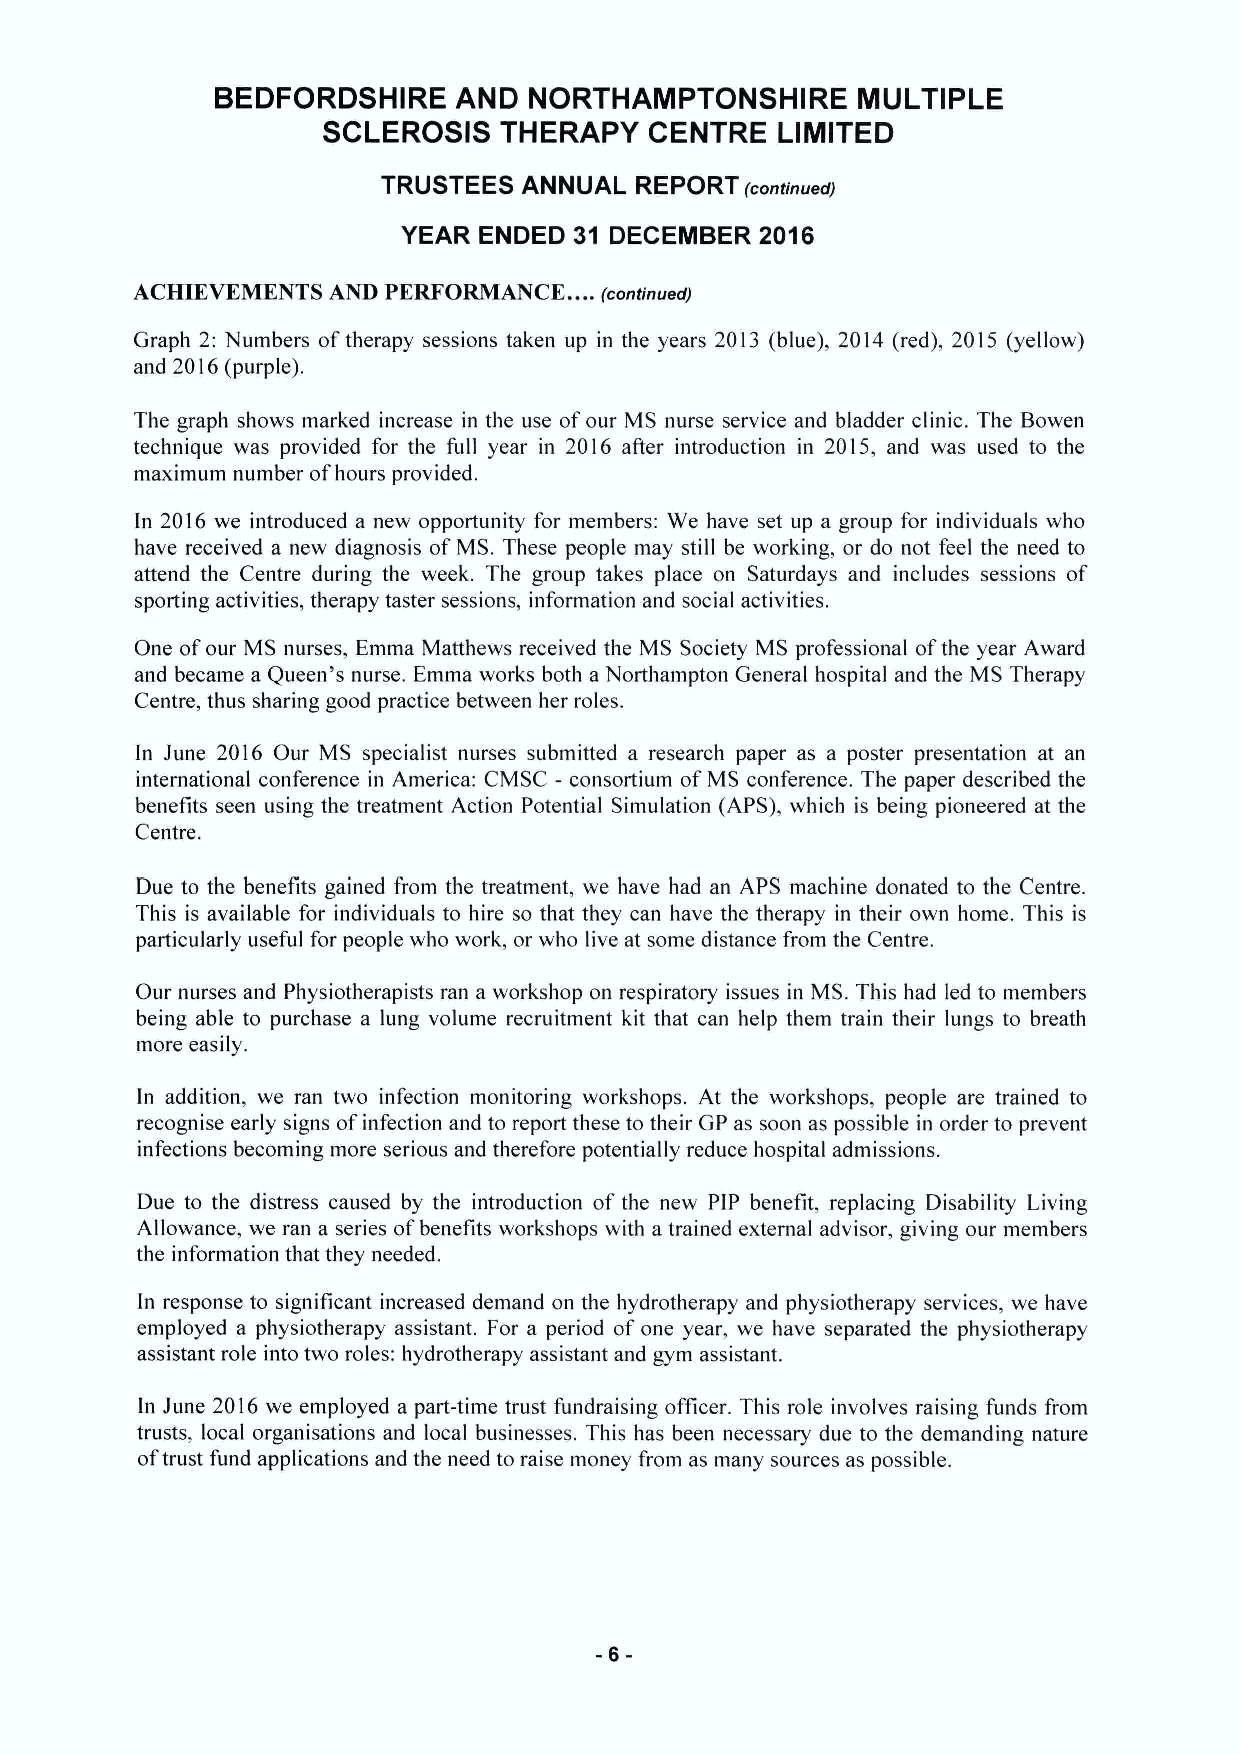
BEDFORDSHIRE    AND  NORTHAMPTONSHIRE      MULTIPLE
 SCLEROSIS   THERAPY   CENTRE   LIMITED
 TRUSTEES  ANNUAL REPORT (continued)
 YEAR ENDED 31 DECEMBER 2016
 ...
 ACHIEVEMENTS AND PERFORMANCE.  (continued)
 Graph 2: Numbers oftherapy sessions taken up in the years 2013 (blue), 2014 (red), 2015 (yellow)
 and 2016(purple),
 The graph shows marked increase in the use ofour MS nurse service and bladder clinic. The Bowen
 technique was provided for the full year in 2016 after introduction in 2015, and was used to the
 maximum number ofhours provided.
 In 2016 we introduced a new opportunity for members: We have set up a group for individuals who
 have received a new diagnosis ofMS. These people may still be working, or do not feel the need to
 attend the Centre during the week. The group takes place on Saturdays and includes sessions of
 sporting activities, therapy taster sessions, information and social activities.
 One ofour MS nurses, Emma Matthews received the MS Society MS professional ofthe year Award
 and became a Queen's nurse, Emma works both aNorthampton General hospital and the MS Therapy
 Centre, thus sharing good practice between her roles.
 In June 2016 Our MS specialist nurses submitted a research paper as a poster presentation at an
 international conference in America: CMSC - consortium ofMS conference. The paper described the
 benefits seen using the treatment Action Potential Simulation (APS), which is being pioneered at the
 Centre.
 Due to the benefits gained from the treatment, we have had an APS machine donated to the Centre.
 This is available for individuals to hire so that they can have the therapy in their own home. This is
 particularly useful for people who work, or who live at some distance from the Centre.
 Our nurses and Physiotherapists ran a workshop on respiratory issues in MS. This had led to members
 being able to purchase a lung volume recruitment kit that can help them train their lungs to breath
 more easily.
 In addition, we ran two infection monitoring workshops. At the workshops, people are trained to
 recognise early signs ofinfection and to report these to their GP as soon as possible in order to prevent
 infections becoming more serious and therefore potentially reduce hospital admissions.
 Due to the distress caused by the introduction of the new PIP benefit, replacing Disability Living
 Allowance, we ran a series ofbenefits workshops with a trained external advisor, giving our members
 the information that they needed.
 In response to significant increased demand on the hydrotherapy and physiotherapy services, we have
 employed a physiotherapy assistant. For a period of one year, we have separated the physiotherapy
 assistant role into two roles: hydrotherapy assistant and gym assistant.
 In June 2016we employed a part-time trust fundraising officer. This role involves raising funds from
 trusts, local organisations and local businesses. This has been necessary due to the demanding nature
 oftrust fund applications and the need to raise money from as many sources as possible.
 -6-